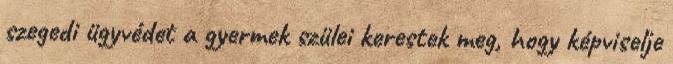
szegedi ügyvédet a gyermek szülei kerestek meg, hogy képviselje